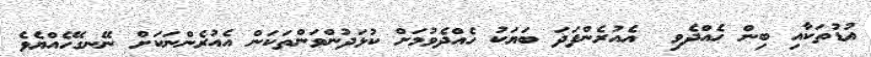
އުޑުތަކާއި ބިން ހެއްދެވި  އެއުރެންފަދަ ބަޔަކު ހެއްދެވުމަށް ކުޅަދުންވަންތަކަން އެއުރެންނަކަށް ނޭނގޭހެއްޔެވެ